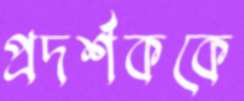
প্রদর্শককে